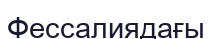
Фессалиядағы